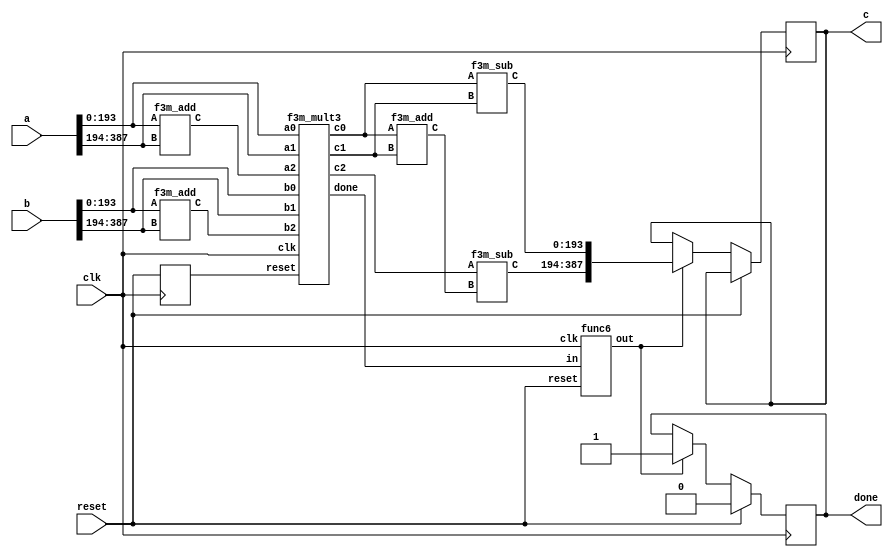
`define M     97          // M is the degree of the irreducible polynomial
`define WIDTH (2*`M-1)    // width for a GF(3^M) element
`define W2    (4*`M-1)    // width for a GF(3^{2*M}) element
`define W3    (6*`M-1)    // width for a GF(3^{3*M}) element
`define W6    (12*`M-1)   // width for a GF(3^{6*M}) element
`define PX    196'h4000000000000000000000000000000000000000001000002 // PX is the irreducible polynomial
`define ZERO {(2*`M){1'b0}}
`define TWO {(2*`M-2){1'b0}},2'b10
`define MOST 2*`M+1:2*`M

module f32m_mult(clk, reset, a, b, c, done);
    input reset, clk;
    input [`W2:0] a, b;
    output reg [`W2:0] c;
    output reg done;
    wire [`WIDTH:0] a0,a1,b0,b1,c0,c1,
                    v1,v2,v3,v4,v5,v6;
    reg mult_reset;
    wire mult_done, p;
    
    assign {a1,a0} = a;
    assign {b1,b0} = b;

    f3m_add
        ins1 (a0, a1, v1), // v1 == a0 + a1
        ins2 (b0, b1, v2), // v2 == b0 + b1
        ins3 (v3, v4, v6); // v6 == v3 + v4 = a0*b0 + a1*b1
    f3m_sub
        ins7 (v5, v6, c1), // c1 == v5 - v6 = (a0+a1) * (b0+b1) - (a0*b0 + a1*b1)
        ins8 (v3, v4, c0); // c0 == a0*b0 - a1*b1
    // v3 == a0 * b0
    // v4 == a1 * b1
    // v5 == v1 * v2 = (a0+a1) * (b0+b1)
    f3m_mult3 
        ins9 (clk, mult_reset, a0, b0, v3, a1, b1, v4, v1, v2, v5, mult_done);
    func6
        ins10 (clk, reset, mult_done, p);
    
    always @ (posedge clk)
        mult_reset <= reset;

    always @ (posedge clk)
        if (reset)
            done <= 0;
        else if (p)
          begin
            done <= 1; c <= {c1, c0};
          end
endmodule

module f3m_add(A, B, C);
    input [`WIDTH : 0] A, B;
    output [`WIDTH : 0] C;
    genvar i;
    generate
        for(i=0; i<`M; i=i+1) begin: aa
            f3_add aa(A[(2*i+1) : 2*i], B[(2*i+1) : 2*i], C[(2*i+1) : 2*i]);
        end
    endgenerate
endmodule
module f3_add(A, B, C);
    input [1:0] A, B;
    output [1:0] C;
    wire a0, a1, b0, b1, c0, c1;
    assign {a1, a0} = A;
    assign {b1, b0} = B;
    assign C = {c1, c0};
    assign c0 = ( a0 & ~a1 & ~b0 & ~b1) |
                (~a0 & ~a1 &  b0 & ~b1) |
                (~a0 &  a1 & ~b0 &  b1) ;
    assign c1 = (~a0 &  a1 & ~b0 & ~b1) |
                ( a0 & ~a1 &  b0 & ~b1) |
                (~a0 & ~a1 & ~b0 &  b1) ;
endmodule

module f3m_mult3(clk, reset, 
                 a0, b0, c0,
                 a1, b1, c1, 
                 a2, b2, c2, 
                 done);
    input clk, reset;
    input [`WIDTH:0] a0, b0, a1, b1, a2, b2;
    output reg [`WIDTH:0] c0, c1, c2;
    output reg done;
    reg [3:0] K;
    reg mult_reset, delay1, delay2;
    wire e1, e2, e3, mult_done, delay3, rst;
    wire [`WIDTH:0] in1, in2, o;
    
    assign rst = delay2;
    assign {e1,e2,e3} = K[3:1];

    f3m_mux3
        ins9 (a0, e1, a1, e2, a2, e3, in1),
        ins10 (b0, e1, b1, e2, b2, e3, in2);
    f3m_mult
        ins11 (clk, mult_reset, in1, in2, o, mult_done); // o == in1 * in2 in GF(3^m)
    func6
        ins12 (clk, reset, mult_done, delay3);

    always @ (posedge clk)
      begin
        if (e1) c0 <= o;
        if (e2) c1 <= o;
        if (e3) c2 <= o;
      end
    
    always @ (posedge clk)
        if (reset) K <= 4'b1000;
        else if (delay3 | K[0]) K <= {1'b0,K[3:1]};
    
    always @ (posedge clk)
      begin
        if (rst) mult_reset <= 1;
        else if (mult_done) mult_reset <= 1;
        else mult_reset <= 0;
      end

    always @ (posedge clk)
        if (reset)     done <= 0;
        else if (K[0]) done <= 1;
    
    always @ (posedge clk)
      begin 
        delay2 <= delay1; delay1 <= reset; 
      end
endmodule
module f3m_mux3(v1, l1, v2, l2, v3, l3, out);
    input [`WIDTH:0] v1, v2, v3;
    input l1, l2, l3;
    output [`WIDTH:0] out;
    genvar i;
    generate
        for(i=0;i<=`WIDTH;i=i+1)
          begin : label
            assign out[i] = (v1[i] & l1) | (v2[i] & l2) | (v3[i] & l3);
          end 
    endgenerate
endmodule

module f3m_sub(A, B, C);
    input [`WIDTH : 0] A, B;
    output [`WIDTH : 0] C;
    genvar i;
    generate
        for(i=0; i<`M; i=i+1) begin: aa
            f3_sub aa(A[(2*i+1) : 2*i], B[(2*i+1) : 2*i], C[(2*i+1) : 2*i]);
        end
    endgenerate
endmodule

module func6(clk, reset, in, out);
    input clk, reset, in;
    output out;
    reg reg1, reg2;
    always @ (posedge clk)
        if (reset)
          begin
            reg1 <= 0; reg2 <= 0;
          end
        else
          begin
            reg2 <= reg1; reg1 <= in;
          end
    assign out = {reg2,reg1}==2'b01 ? 1 : 0;
endmodule



module f3m_mult(clk, reset, A, B, C, done);
    input [`WIDTH : 0] A, B;
    input clk;
    input reset;
    output reg [`WIDTH : 0] C;
    output reg done;
    reg [`WIDTH : 0] x, y, z;
    wire [`WIDTH : 0] z1, z2, z3, z4;
    reg [`M/3+1 : 0] i;
    wire done1;
    wire [1:0] dummy;

    func8 
        ins1 (x, y[5:0], z1); // z1 == A * (B[2]*x^2 + B[1]*x + B[0])
    f3m_add
        ins2 (z1, z, z2); // z2 == z1 + z == A * (B[2]*x^2 + B[1]*x + B[0]) + z
    assign z4 = y >> 6; // z4 == y >> 6
    func7
        ins3 (x, z3); // z3 == X*(x^3) mod p(x)
    assign done1 = i[0];
    
    always @ (posedge clk)
        if (done1)
            C <= z;
    
    always @ (posedge clk)
        if (reset)
            done <= 0;
        else if (done1)
            done <= 1;

    always @ (posedge clk) 
      begin
        if (reset)
          begin
            x <= A; y <= B; z <= 0; i <= {1'b1,{(`M/3+1){1'b0}}};
          end
        else
          begin
            x <= z3[`WIDTH:0]; y <= z4; z <= z2; i <= i >> 1;
          end
      end
endmodule
module func7(input wire [193:0] in, output wire [193:0] out);
    assign out[5:0] = in[193:188];
    assign out[23:6] = in[17:0];
    wire [1:0] w0;
    f3_add a0(in[19:18], {in[188],in[189]}, w0);
    assign out[25:24] = w0;
    wire [1:0] w1;
    f3_add a1(in[21:20], {in[190],in[191]}, w1);
    assign out[27:26] = w1;
    wire [1:0] w2;
    f3_add a2(in[23:22], {in[192],in[193]}, w2);
    assign out[29:28] = w2;
    assign out[193:30] = in[187:24];
endmodule
module func8 (a, b, c);
input [193:0] a;
input [5:0] b;
output [193:0] c;
wire [1:0] w1; f3_mult m2 (a[1:0], b[1:0], w1);
wire [1:0] w3; f3_mult m4 (a[191:190], b[5:4], w3);
wire [1:0] w5; f3_mult m6 (a[193:192], b[3:2], w5);
wire [1:0] w7; f3_add a8 (w1, w3, w7);
wire [1:0] w9; f3_add a10 (w7, w5, w9);
assign c[1:0] = w9;
wire [1:0] w11; f3_mult m12 (a[1:0], b[3:2], w11);
wire [1:0] w13; f3_mult m14 (a[193:192], b[5:4], w13);
wire [1:0] w15; f3_mult m16 (a[3:2], b[1:0], w15);
wire [1:0] w17; f3_add a18 (w11, w13, w17);
wire [1:0] w19; f3_add a20 (w17, w15, w19);
assign c[3:2] = w19;
wire [1:0] w21; f3_mult m22 (a[5:4], b[1:0], w21);
wire [1:0] w23; f3_mult m24 (a[1:0], b[5:4], w23);
wire [1:0] w25; f3_mult m26 (a[3:2], b[3:2], w25);
wire [1:0] w27; f3_add a28 (w21, w23, w27);
wire [1:0] w29; f3_add a30 (w27, w25, w29);
assign c[5:4] = w29;
wire [1:0] w31; f3_mult m32 (a[7:6], b[1:0], w31);
wire [1:0] w33; f3_mult m34 (a[3:2], b[5:4], w33);
wire [1:0] w35; f3_mult m36 (a[5:4], b[3:2], w35);
wire [1:0] w37; f3_add a38 (w31, w33, w37);
wire [1:0] w39; f3_add a40 (w37, w35, w39);
assign c[7:6] = w39;
wire [1:0] w41; f3_mult m42 (a[7:6], b[3:2], w41);
wire [1:0] w43; f3_mult m44 (a[9:8], b[1:0], w43);
wire [1:0] w45; f3_mult m46 (a[5:4], b[5:4], w45);
wire [1:0] w47; f3_add a48 (w41, w43, w47);
wire [1:0] w49; f3_add a50 (w47, w45, w49);
assign c[9:8] = w49;
wire [1:0] w51; f3_mult m52 (a[11:10], b[1:0], w51);
wire [1:0] w53; f3_mult m54 (a[7:6], b[5:4], w53);
wire [1:0] w55; f3_mult m56 (a[9:8], b[3:2], w55);
wire [1:0] w57; f3_add a58 (w51, w53, w57);
wire [1:0] w59; f3_add a60 (w57, w55, w59);
assign c[11:10] = w59;
wire [1:0] w61; f3_mult m62 (a[13:12], b[1:0], w61);
wire [1:0] w63; f3_mult m64 (a[11:10], b[3:2], w63);
wire [1:0] w65; f3_mult m66 (a[9:8], b[5:4], w65);
wire [1:0] w67; f3_add a68 (w61, w63, w67);
wire [1:0] w69; f3_add a70 (w67, w65, w69);
assign c[13:12] = w69;
wire [1:0] w71; f3_mult m72 (a[13:12], b[3:2], w71);
wire [1:0] w73; f3_mult m74 (a[15:14], b[1:0], w73);
wire [1:0] w75; f3_mult m76 (a[11:10], b[5:4], w75);
wire [1:0] w77; f3_add a78 (w71, w73, w77);
wire [1:0] w79; f3_add a80 (w77, w75, w79);
assign c[15:14] = w79;
wire [1:0] w81; f3_mult m82 (a[13:12], b[5:4], w81);
wire [1:0] w83; f3_mult m84 (a[15:14], b[3:2], w83);
wire [1:0] w85; f3_mult m86 (a[17:16], b[1:0], w85);
wire [1:0] w87; f3_add a88 (w81, w83, w87);
wire [1:0] w89; f3_add a90 (w87, w85, w89);
assign c[17:16] = w89;
wire [1:0] w91; f3_mult m92 (a[15:14], b[5:4], w91);
wire [1:0] w93; f3_mult m94 (a[19:18], b[1:0], w93);
wire [1:0] w95; f3_mult m96 (a[17:16], b[3:2], w95);
wire [1:0] w97; f3_add a98 (w91, w93, w97);
wire [1:0] w99; f3_add a100 (w97, w95, w99);
assign c[19:18] = w99;
wire [1:0] w101; f3_mult m102 (a[21:20], b[1:0], w101);
wire [1:0] w103; f3_mult m104 (a[17:16], b[5:4], w103);
wire [1:0] w105; f3_mult m106 (a[19:18], b[3:2], w105);
wire [1:0] w107; f3_add a108 (w101, w103, w107);
wire [1:0] w109; f3_add a110 (w107, w105, w109);
assign c[21:20] = w109;
wire [1:0] w111; f3_mult m112 (a[23:22], b[1:0], w111);
wire [1:0] w113; f3_mult m114 (a[19:18], b[5:4], w113);
wire [1:0] w115; f3_mult m116 (a[21:20], b[3:2], w115);
wire [1:0] w117; f3_add a118 (w111, w113, w117);
wire [1:0] w119; f3_add a120 (w117, w115, w119);
assign c[23:22] = w119;
wire [1:0] w121; f3_mult m122 (a[23:22], b[3:2], w121);
wire [1:0] w123; f3_mult m124 (a[25:24], b[1:0], w123);
wire [1:0] w125; f3_mult m126 (a[21:20], b[5:4], w125);
wire [1:0] w127; f3_add a128 (w121, w123, w127);
wire [1:0] w129; f3_add a130 (w127, w125, w129);
wire [1:0] w131; f3_add a132 (w129, {w5[0], w5[1]}, w131);
wire [1:0] w133; f3_add a134 (w131, {w3[0], w3[1]}, w133);
assign c[25:24] = w133;
wire [1:0] w135; f3_mult m136 (a[27:26], b[1:0], w135);
wire [1:0] w137; f3_mult m138 (a[23:22], b[5:4], w137);
wire [1:0] w139; f3_mult m140 (a[25:24], b[3:2], w139);
wire [1:0] w141; f3_add a142 ({w13[0], w13[1]}, w135, w141);
wire [1:0] w143; f3_add a144 (w141, w137, w143);
wire [1:0] w145; f3_add a146 (w143, w139, w145);
assign c[27:26] = w145;
wire [1:0] w147; f3_mult m148 (a[29:28], b[1:0], w147);
wire [1:0] w149; f3_mult m150 (a[27:26], b[3:2], w149);
wire [1:0] w151; f3_mult m152 (a[25:24], b[5:4], w151);
wire [1:0] w153; f3_add a154 (w147, w149, w153);
wire [1:0] w155; f3_add a156 (w153, w151, w155);
assign c[29:28] = w155;
wire [1:0] w157; f3_mult m158 (a[29:28], b[3:2], w157);
wire [1:0] w159; f3_mult m160 (a[31:30], b[1:0], w159);
wire [1:0] w161; f3_mult m162 (a[27:26], b[5:4], w161);
wire [1:0] w163; f3_add a164 (w157, w159, w163);
wire [1:0] w165; f3_add a166 (w163, w161, w165);
assign c[31:30] = w165;
wire [1:0] w167; f3_mult m168 (a[29:28], b[5:4], w167);
wire [1:0] w169; f3_mult m170 (a[31:30], b[3:2], w169);
wire [1:0] w171; f3_mult m172 (a[33:32], b[1:0], w171);
wire [1:0] w173; f3_add a174 (w167, w169, w173);
wire [1:0] w175; f3_add a176 (w173, w171, w175);
assign c[33:32] = w175;
wire [1:0] w177; f3_mult m178 (a[31:30], b[5:4], w177);
wire [1:0] w179; f3_mult m180 (a[35:34], b[1:0], w179);
wire [1:0] w181; f3_mult m182 (a[33:32], b[3:2], w181);
wire [1:0] w183; f3_add a184 (w177, w179, w183);
wire [1:0] w185; f3_add a186 (w183, w181, w185);
assign c[35:34] = w185;
wire [1:0] w187; f3_mult m188 (a[37:36], b[1:0], w187);
wire [1:0] w189; f3_mult m190 (a[33:32], b[5:4], w189);
wire [1:0] w191; f3_mult m192 (a[35:34], b[3:2], w191);
wire [1:0] w193; f3_add a194 (w187, w189, w193);
wire [1:0] w195; f3_add a196 (w193, w191, w195);
assign c[37:36] = w195;
wire [1:0] w197; f3_mult m198 (a[39:38], b[1:0], w197);
wire [1:0] w199; f3_mult m200 (a[35:34], b[5:4], w199);
wire [1:0] w201; f3_mult m202 (a[37:36], b[3:2], w201);
wire [1:0] w203; f3_add a204 (w197, w199, w203);
wire [1:0] w205; f3_add a206 (w203, w201, w205);
assign c[39:38] = w205;
wire [1:0] w207; f3_mult m208 (a[39:38], b[3:2], w207);
wire [1:0] w209; f3_mult m210 (a[41:40], b[1:0], w209);
wire [1:0] w211; f3_mult m212 (a[37:36], b[5:4], w211);
wire [1:0] w213; f3_add a214 (w207, w209, w213);
wire [1:0] w215; f3_add a216 (w213, w211, w215);
assign c[41:40] = w215;
wire [1:0] w217; f3_mult m218 (a[43:42], b[1:0], w217);
wire [1:0] w219; f3_mult m220 (a[39:38], b[5:4], w219);
wire [1:0] w221; f3_mult m222 (a[41:40], b[3:2], w221);
wire [1:0] w223; f3_add a224 (w217, w219, w223);
wire [1:0] w225; f3_add a226 (w223, w221, w225);
assign c[43:42] = w225;
wire [1:0] w227; f3_mult m228 (a[45:44], b[1:0], w227);
wire [1:0] w229; f3_mult m230 (a[43:42], b[3:2], w229);
wire [1:0] w231; f3_mult m232 (a[41:40], b[5:4], w231);
wire [1:0] w233; f3_add a234 (w227, w229, w233);
wire [1:0] w235; f3_add a236 (w233, w231, w235);
assign c[45:44] = w235;
wire [1:0] w237; f3_mult m238 (a[45:44], b[3:2], w237);
wire [1:0] w239; f3_mult m240 (a[47:46], b[1:0], w239);
wire [1:0] w241; f3_mult m242 (a[43:42], b[5:4], w241);
wire [1:0] w243; f3_add a244 (w237, w239, w243);
wire [1:0] w245; f3_add a246 (w243, w241, w245);
assign c[47:46] = w245;
wire [1:0] w247; f3_mult m248 (a[45:44], b[5:4], w247);
wire [1:0] w249; f3_mult m250 (a[47:46], b[3:2], w249);
wire [1:0] w251; f3_mult m252 (a[49:48], b[1:0], w251);
wire [1:0] w253; f3_add a254 (w247, w249, w253);
wire [1:0] w255; f3_add a256 (w253, w251, w255);
assign c[49:48] = w255;
wire [1:0] w257; f3_mult m258 (a[47:46], b[5:4], w257);
wire [1:0] w259; f3_mult m260 (a[51:50], b[1:0], w259);
wire [1:0] w261; f3_mult m262 (a[49:48], b[3:2], w261);
wire [1:0] w263; f3_add a264 (w257, w259, w263);
wire [1:0] w265; f3_add a266 (w263, w261, w265);
assign c[51:50] = w265;
wire [1:0] w267; f3_mult m268 (a[53:52], b[1:0], w267);
wire [1:0] w269; f3_mult m270 (a[49:48], b[5:4], w269);
wire [1:0] w271; f3_mult m272 (a[51:50], b[3:2], w271);
wire [1:0] w273; f3_add a274 (w267, w269, w273);
wire [1:0] w275; f3_add a276 (w273, w271, w275);
assign c[53:52] = w275;
wire [1:0] w277; f3_mult m278 (a[55:54], b[1:0], w277);
wire [1:0] w279; f3_mult m280 (a[51:50], b[5:4], w279);
wire [1:0] w281; f3_mult m282 (a[53:52], b[3:2], w281);
wire [1:0] w283; f3_add a284 (w277, w279, w283);
wire [1:0] w285; f3_add a286 (w283, w281, w285);
assign c[55:54] = w285;
wire [1:0] w287; f3_mult m288 (a[55:54], b[3:2], w287);
wire [1:0] w289; f3_mult m290 (a[57:56], b[1:0], w289);
wire [1:0] w291; f3_mult m292 (a[53:52], b[5:4], w291);
wire [1:0] w293; f3_add a294 (w287, w289, w293);
wire [1:0] w295; f3_add a296 (w293, w291, w295);
assign c[57:56] = w295;
wire [1:0] w297; f3_mult m298 (a[59:58], b[1:0], w297);
wire [1:0] w299; f3_mult m300 (a[55:54], b[5:4], w299);
wire [1:0] w301; f3_mult m302 (a[57:56], b[3:2], w301);
wire [1:0] w303; f3_add a304 (w297, w299, w303);
wire [1:0] w305; f3_add a306 (w303, w301, w305);
assign c[59:58] = w305;
wire [1:0] w307; f3_mult m308 (a[61:60], b[1:0], w307);
wire [1:0] w309; f3_mult m310 (a[59:58], b[3:2], w309);
wire [1:0] w311; f3_mult m312 (a[57:56], b[5:4], w311);
wire [1:0] w313; f3_add a314 (w307, w309, w313);
wire [1:0] w315; f3_add a316 (w313, w311, w315);
assign c[61:60] = w315;
wire [1:0] w317; f3_mult m318 (a[61:60], b[3:2], w317);
wire [1:0] w319; f3_mult m320 (a[63:62], b[1:0], w319);
wire [1:0] w321; f3_mult m322 (a[59:58], b[5:4], w321);
wire [1:0] w323; f3_add a324 (w317, w319, w323);
wire [1:0] w325; f3_add a326 (w323, w321, w325);
assign c[63:62] = w325;
wire [1:0] w327; f3_mult m328 (a[61:60], b[5:4], w327);
wire [1:0] w329; f3_mult m330 (a[63:62], b[3:2], w329);
wire [1:0] w331; f3_mult m332 (a[65:64], b[1:0], w331);
wire [1:0] w333; f3_add a334 (w327, w329, w333);
wire [1:0] w335; f3_add a336 (w333, w331, w335);
assign c[65:64] = w335;
wire [1:0] w337; f3_mult m338 (a[67:66], b[1:0], w337);
wire [1:0] w339; f3_mult m340 (a[63:62], b[5:4], w339);
wire [1:0] w341; f3_mult m342 (a[65:64], b[3:2], w341);
wire [1:0] w343; f3_add a344 (w337, w339, w343);
wire [1:0] w345; f3_add a346 (w343, w341, w345);
assign c[67:66] = w345;
wire [1:0] w347; f3_mult m348 (a[69:68], b[1:0], w347);
wire [1:0] w349; f3_mult m350 (a[65:64], b[5:4], w349);
wire [1:0] w351; f3_mult m352 (a[67:66], b[3:2], w351);
wire [1:0] w353; f3_add a354 (w347, w349, w353);
wire [1:0] w355; f3_add a356 (w353, w351, w355);
assign c[69:68] = w355;
wire [1:0] w357; f3_mult m358 (a[71:70], b[1:0], w357);
wire [1:0] w359; f3_mult m360 (a[67:66], b[5:4], w359);
wire [1:0] w361; f3_mult m362 (a[69:68], b[3:2], w361);
wire [1:0] w363; f3_add a364 (w357, w359, w363);
wire [1:0] w365; f3_add a366 (w363, w361, w365);
assign c[71:70] = w365;
wire [1:0] w367; f3_mult m368 (a[71:70], b[3:2], w367);
wire [1:0] w369; f3_mult m370 (a[73:72], b[1:0], w369);
wire [1:0] w371; f3_mult m372 (a[69:68], b[5:4], w371);
wire [1:0] w373; f3_add a374 (w367, w369, w373);
wire [1:0] w375; f3_add a376 (w373, w371, w375);
assign c[73:72] = w375;
wire [1:0] w377; f3_mult m378 (a[75:74], b[1:0], w377);
wire [1:0] w379; f3_mult m380 (a[71:70], b[5:4], w379);
wire [1:0] w381; f3_mult m382 (a[73:72], b[3:2], w381);
wire [1:0] w383; f3_add a384 (w377, w379, w383);
wire [1:0] w385; f3_add a386 (w383, w381, w385);
assign c[75:74] = w385;
wire [1:0] w387; f3_mult m388 (a[77:76], b[1:0], w387);
wire [1:0] w389; f3_mult m390 (a[75:74], b[3:2], w389);
wire [1:0] w391; f3_mult m392 (a[73:72], b[5:4], w391);
wire [1:0] w393; f3_add a394 (w387, w389, w393);
wire [1:0] w395; f3_add a396 (w393, w391, w395);
assign c[77:76] = w395;
wire [1:0] w397; f3_mult m398 (a[77:76], b[3:2], w397);
wire [1:0] w399; f3_mult m400 (a[79:78], b[1:0], w399);
wire [1:0] w401; f3_mult m402 (a[75:74], b[5:4], w401);
wire [1:0] w403; f3_add a404 (w397, w399, w403);
wire [1:0] w405; f3_add a406 (w403, w401, w405);
assign c[79:78] = w405;
wire [1:0] w407; f3_mult m408 (a[77:76], b[5:4], w407);
wire [1:0] w409; f3_mult m410 (a[79:78], b[3:2], w409);
wire [1:0] w411; f3_mult m412 (a[81:80], b[1:0], w411);
wire [1:0] w413; f3_add a414 (w407, w409, w413);
wire [1:0] w415; f3_add a416 (w413, w411, w415);
assign c[81:80] = w415;
wire [1:0] w417; f3_mult m418 (a[83:82], b[1:0], w417);
wire [1:0] w419; f3_mult m420 (a[79:78], b[5:4], w419);
wire [1:0] w421; f3_mult m422 (a[81:80], b[3:2], w421);
wire [1:0] w423; f3_add a424 (w417, w419, w423);
wire [1:0] w425; f3_add a426 (w423, w421, w425);
assign c[83:82] = w425;
wire [1:0] w427; f3_mult m428 (a[85:84], b[1:0], w427);
wire [1:0] w429; f3_mult m430 (a[81:80], b[5:4], w429);
wire [1:0] w431; f3_mult m432 (a[83:82], b[3:2], w431);
wire [1:0] w433; f3_add a434 (w427, w429, w433);
wire [1:0] w435; f3_add a436 (w433, w431, w435);
assign c[85:84] = w435;
wire [1:0] w437; f3_mult m438 (a[87:86], b[1:0], w437);
wire [1:0] w439; f3_mult m440 (a[83:82], b[5:4], w439);
wire [1:0] w441; f3_mult m442 (a[85:84], b[3:2], w441);
wire [1:0] w443; f3_add a444 (w437, w439, w443);
wire [1:0] w445; f3_add a446 (w443, w441, w445);
assign c[87:86] = w445;
wire [1:0] w447; f3_mult m448 (a[87:86], b[3:2], w447);
wire [1:0] w449; f3_mult m450 (a[89:88], b[1:0], w449);
wire [1:0] w451; f3_mult m452 (a[85:84], b[5:4], w451);
wire [1:0] w453; f3_add a454 (w447, w449, w453);
wire [1:0] w455; f3_add a456 (w453, w451, w455);
assign c[89:88] = w455;
wire [1:0] w457; f3_mult m458 (a[91:90], b[1:0], w457);
wire [1:0] w459; f3_mult m460 (a[87:86], b[5:4], w459);
wire [1:0] w461; f3_mult m462 (a[89:88], b[3:2], w461);
wire [1:0] w463; f3_add a464 (w457, w459, w463);
wire [1:0] w465; f3_add a466 (w463, w461, w465);
assign c[91:90] = w465;
wire [1:0] w467; f3_mult m468 (a[91:90], b[3:2], w467);
wire [1:0] w469; f3_mult m470 (a[89:88], b[5:4], w469);
wire [1:0] w471; f3_mult m472 (a[93:92], b[1:0], w471);
wire [1:0] w473; f3_add a474 (w467, w469, w473);
wire [1:0] w475; f3_add a476 (w473, w471, w475);
assign c[93:92] = w475;
wire [1:0] w477; f3_mult m478 (a[93:92], b[3:2], w477);
wire [1:0] w479; f3_mult m480 (a[95:94], b[1:0], w479);
wire [1:0] w481; f3_mult m482 (a[91:90], b[5:4], w481);
wire [1:0] w483; f3_add a484 (w477, w479, w483);
wire [1:0] w485; f3_add a486 (w483, w481, w485);
assign c[95:94] = w485;
wire [1:0] w487; f3_mult m488 (a[93:92], b[5:4], w487);
wire [1:0] w489; f3_mult m490 (a[95:94], b[3:2], w489);
wire [1:0] w491; f3_mult m492 (a[97:96], b[1:0], w491);
wire [1:0] w493; f3_add a494 (w487, w489, w493);
wire [1:0] w495; f3_add a496 (w493, w491, w495);
assign c[97:96] = w495;
wire [1:0] w497; f3_mult m498 (a[99:98], b[1:0], w497);
wire [1:0] w499; f3_mult m500 (a[95:94], b[5:4], w499);
wire [1:0] w501; f3_mult m502 (a[97:96], b[3:2], w501);
wire [1:0] w503; f3_add a504 (w497, w499, w503);
wire [1:0] w505; f3_add a506 (w503, w501, w505);
assign c[99:98] = w505;
wire [1:0] w507; f3_mult m508 (a[101:100], b[1:0], w507);
wire [1:0] w509; f3_mult m510 (a[97:96], b[5:4], w509);
wire [1:0] w511; f3_mult m512 (a[99:98], b[3:2], w511);
wire [1:0] w513; f3_add a514 (w507, w509, w513);
wire [1:0] w515; f3_add a516 (w513, w511, w515);
assign c[101:100] = w515;
wire [1:0] w517; f3_mult m518 (a[103:102], b[1:0], w517);
wire [1:0] w519; f3_mult m520 (a[99:98], b[5:4], w519);
wire [1:0] w521; f3_mult m522 (a[101:100], b[3:2], w521);
wire [1:0] w523; f3_add a524 (w517, w519, w523);
wire [1:0] w525; f3_add a526 (w523, w521, w525);
assign c[103:102] = w525;
wire [1:0] w527; f3_mult m528 (a[103:102], b[3:2], w527);
wire [1:0] w529; f3_mult m530 (a[105:104], b[1:0], w529);
wire [1:0] w531; f3_mult m532 (a[101:100], b[5:4], w531);
wire [1:0] w533; f3_add a534 (w527, w529, w533);
wire [1:0] w535; f3_add a536 (w533, w531, w535);
assign c[105:104] = w535;
wire [1:0] w537; f3_mult m538 (a[107:106], b[1:0], w537);
wire [1:0] w539; f3_mult m540 (a[103:102], b[5:4], w539);
wire [1:0] w541; f3_mult m542 (a[105:104], b[3:2], w541);
wire [1:0] w543; f3_add a544 (w537, w539, w543);
wire [1:0] w545; f3_add a546 (w543, w541, w545);
assign c[107:106] = w545;
wire [1:0] w547; f3_mult m548 (a[107:106], b[3:2], w547);
wire [1:0] w549; f3_mult m550 (a[105:104], b[5:4], w549);
wire [1:0] w551; f3_mult m552 (a[109:108], b[1:0], w551);
wire [1:0] w553; f3_add a554 (w547, w549, w553);
wire [1:0] w555; f3_add a556 (w553, w551, w555);
assign c[109:108] = w555;
wire [1:0] w557; f3_mult m558 (a[109:108], b[3:2], w557);
wire [1:0] w559; f3_mult m560 (a[111:110], b[1:0], w559);
wire [1:0] w561; f3_mult m562 (a[107:106], b[5:4], w561);
wire [1:0] w563; f3_add a564 (w557, w559, w563);
wire [1:0] w565; f3_add a566 (w563, w561, w565);
assign c[111:110] = w565;
wire [1:0] w567; f3_mult m568 (a[109:108], b[5:4], w567);
wire [1:0] w569; f3_mult m570 (a[111:110], b[3:2], w569);
wire [1:0] w571; f3_mult m572 (a[113:112], b[1:0], w571);
wire [1:0] w573; f3_add a574 (w567, w569, w573);
wire [1:0] w575; f3_add a576 (w573, w571, w575);
assign c[113:112] = w575;
wire [1:0] w577; f3_mult m578 (a[115:114], b[1:0], w577);
wire [1:0] w579; f3_mult m580 (a[111:110], b[5:4], w579);
wire [1:0] w581; f3_mult m582 (a[113:112], b[3:2], w581);
wire [1:0] w583; f3_add a584 (w577, w579, w583);
wire [1:0] w585; f3_add a586 (w583, w581, w585);
assign c[115:114] = w585;
wire [1:0] w587; f3_mult m588 (a[117:116], b[1:0], w587);
wire [1:0] w589; f3_mult m590 (a[113:112], b[5:4], w589);
wire [1:0] w591; f3_mult m592 (a[115:114], b[3:2], w591);
wire [1:0] w593; f3_add a594 (w587, w589, w593);
wire [1:0] w595; f3_add a596 (w593, w591, w595);
assign c[117:116] = w595;
wire [1:0] w597; f3_mult m598 (a[119:118], b[1:0], w597);
wire [1:0] w599; f3_mult m600 (a[115:114], b[5:4], w599);
wire [1:0] w601; f3_mult m602 (a[117:116], b[3:2], w601);
wire [1:0] w603; f3_add a604 (w597, w599, w603);
wire [1:0] w605; f3_add a606 (w603, w601, w605);
assign c[119:118] = w605;
wire [1:0] w607; f3_mult m608 (a[119:118], b[3:2], w607);
wire [1:0] w609; f3_mult m610 (a[121:120], b[1:0], w609);
wire [1:0] w611; f3_mult m612 (a[117:116], b[5:4], w611);
wire [1:0] w613; f3_add a614 (w607, w609, w613);
wire [1:0] w615; f3_add a616 (w613, w611, w615);
assign c[121:120] = w615;
wire [1:0] w617; f3_mult m618 (a[123:122], b[1:0], w617);
wire [1:0] w619; f3_mult m620 (a[119:118], b[5:4], w619);
wire [1:0] w621; f3_mult m622 (a[121:120], b[3:2], w621);
wire [1:0] w623; f3_add a624 (w617, w619, w623);
wire [1:0] w625; f3_add a626 (w623, w621, w625);
assign c[123:122] = w625;
wire [1:0] w627; f3_mult m628 (a[123:122], b[3:2], w627);
wire [1:0] w629; f3_mult m630 (a[121:120], b[5:4], w629);
wire [1:0] w631; f3_mult m632 (a[125:124], b[1:0], w631);
wire [1:0] w633; f3_add a634 (w627, w629, w633);
wire [1:0] w635; f3_add a636 (w633, w631, w635);
assign c[125:124] = w635;
wire [1:0] w637; f3_mult m638 (a[125:124], b[3:2], w637);
wire [1:0] w639; f3_mult m640 (a[127:126], b[1:0], w639);
wire [1:0] w641; f3_mult m642 (a[123:122], b[5:4], w641);
wire [1:0] w643; f3_add a644 (w637, w639, w643);
wire [1:0] w645; f3_add a646 (w643, w641, w645);
assign c[127:126] = w645;
wire [1:0] w647; f3_mult m648 (a[125:124], b[5:4], w647);
wire [1:0] w649; f3_mult m650 (a[127:126], b[3:2], w649);
wire [1:0] w651; f3_mult m652 (a[129:128], b[1:0], w651);
wire [1:0] w653; f3_add a654 (w647, w649, w653);
wire [1:0] w655; f3_add a656 (w653, w651, w655);
assign c[129:128] = w655;
wire [1:0] w657; f3_mult m658 (a[127:126], b[5:4], w657);
wire [1:0] w659; f3_mult m660 (a[131:130], b[1:0], w659);
wire [1:0] w661; f3_mult m662 (a[129:128], b[3:2], w661);
wire [1:0] w663; f3_add a664 (w657, w659, w663);
wire [1:0] w665; f3_add a666 (w663, w661, w665);
assign c[131:130] = w665;
wire [1:0] w667; f3_mult m668 (a[133:132], b[1:0], w667);
wire [1:0] w669; f3_mult m670 (a[129:128], b[5:4], w669);
wire [1:0] w671; f3_mult m672 (a[131:130], b[3:2], w671);
wire [1:0] w673; f3_add a674 (w667, w669, w673);
wire [1:0] w675; f3_add a676 (w673, w671, w675);
assign c[133:132] = w675;
wire [1:0] w677; f3_mult m678 (a[133:132], b[3:2], w677);
wire [1:0] w679; f3_mult m680 (a[131:130], b[5:4], w679);
wire [1:0] w681; f3_mult m682 (a[135:134], b[1:0], w681);
wire [1:0] w683; f3_add a684 (w677, w679, w683);
wire [1:0] w685; f3_add a686 (w683, w681, w685);
assign c[135:134] = w685;
wire [1:0] w687; f3_mult m688 (a[135:134], b[3:2], w687);
wire [1:0] w689; f3_mult m690 (a[137:136], b[1:0], w689);
wire [1:0] w691; f3_mult m692 (a[133:132], b[5:4], w691);
wire [1:0] w693; f3_add a694 (w687, w689, w693);
wire [1:0] w695; f3_add a696 (w693, w691, w695);
assign c[137:136] = w695;
wire [1:0] w697; f3_mult m698 (a[139:138], b[1:0], w697);
wire [1:0] w699; f3_mult m700 (a[135:134], b[5:4], w699);
wire [1:0] w701; f3_mult m702 (a[137:136], b[3:2], w701);
wire [1:0] w703; f3_add a704 (w697, w699, w703);
wire [1:0] w705; f3_add a706 (w703, w701, w705);
assign c[139:138] = w705;
wire [1:0] w707; f3_mult m708 (a[141:140], b[1:0], w707);
wire [1:0] w709; f3_mult m710 (a[139:138], b[3:2], w709);
wire [1:0] w711; f3_mult m712 (a[137:136], b[5:4], w711);
wire [1:0] w713; f3_add a714 (w707, w709, w713);
wire [1:0] w715; f3_add a716 (w713, w711, w715);
assign c[141:140] = w715;
wire [1:0] w717; f3_mult m718 (a[143:142], b[1:0], w717);
wire [1:0] w719; f3_mult m720 (a[141:140], b[3:2], w719);
wire [1:0] w721; f3_mult m722 (a[139:138], b[5:4], w721);
wire [1:0] w723; f3_add a724 (w717, w719, w723);
wire [1:0] w725; f3_add a726 (w723, w721, w725);
assign c[143:142] = w725;
wire [1:0] w727; f3_mult m728 (a[141:140], b[5:4], w727);
wire [1:0] w729; f3_mult m730 (a[143:142], b[3:2], w729);
wire [1:0] w731; f3_mult m732 (a[145:144], b[1:0], w731);
wire [1:0] w733; f3_add a734 (w727, w729, w733);
wire [1:0] w735; f3_add a736 (w733, w731, w735);
assign c[145:144] = w735;
wire [1:0] w737; f3_mult m738 (a[143:142], b[5:4], w737);
wire [1:0] w739; f3_mult m740 (a[147:146], b[1:0], w739);
wire [1:0] w741; f3_mult m742 (a[145:144], b[3:2], w741);
wire [1:0] w743; f3_add a744 (w737, w739, w743);
wire [1:0] w745; f3_add a746 (w743, w741, w745);
assign c[147:146] = w745;
wire [1:0] w747; f3_mult m748 (a[145:144], b[5:4], w747);
wire [1:0] w749; f3_mult m750 (a[149:148], b[1:0], w749);
wire [1:0] w751; f3_mult m752 (a[147:146], b[3:2], w751);
wire [1:0] w753; f3_add a754 (w747, w749, w753);
wire [1:0] w755; f3_add a756 (w753, w751, w755);
assign c[149:148] = w755;
wire [1:0] w757; f3_mult m758 (a[149:148], b[3:2], w757);
wire [1:0] w759; f3_mult m760 (a[147:146], b[5:4], w759);
wire [1:0] w761; f3_mult m762 (a[151:150], b[1:0], w761);
wire [1:0] w763; f3_add a764 (w757, w759, w763);
wire [1:0] w765; f3_add a766 (w763, w761, w765);
assign c[151:150] = w765;
wire [1:0] w767; f3_mult m768 (a[151:150], b[3:2], w767);
wire [1:0] w769; f3_mult m770 (a[149:148], b[5:4], w769);
wire [1:0] w771; f3_mult m772 (a[153:152], b[1:0], w771);
wire [1:0] w773; f3_add a774 (w767, w769, w773);
wire [1:0] w775; f3_add a776 (w773, w771, w775);
assign c[153:152] = w775;
wire [1:0] w777; f3_mult m778 (a[155:154], b[1:0], w777);
wire [1:0] w779; f3_mult m780 (a[151:150], b[5:4], w779);
wire [1:0] w781; f3_mult m782 (a[153:152], b[3:2], w781);
wire [1:0] w783; f3_add a784 (w777, w779, w783);
wire [1:0] w785; f3_add a786 (w783, w781, w785);
assign c[155:154] = w785;
wire [1:0] w787; f3_mult m788 (a[155:154], b[3:2], w787);
wire [1:0] w789; f3_mult m790 (a[153:152], b[5:4], w789);
wire [1:0] w791; f3_mult m792 (a[157:156], b[1:0], w791);
wire [1:0] w793; f3_add a794 (w787, w789, w793);
wire [1:0] w795; f3_add a796 (w793, w791, w795);
assign c[157:156] = w795;
wire [1:0] w797; f3_mult m798 (a[159:158], b[1:0], w797);
wire [1:0] w799; f3_mult m800 (a[157:156], b[3:2], w799);
wire [1:0] w801; f3_mult m802 (a[155:154], b[5:4], w801);
wire [1:0] w803; f3_add a804 (w797, w799, w803);
wire [1:0] w805; f3_add a806 (w803, w801, w805);
assign c[159:158] = w805;
wire [1:0] w807; f3_mult m808 (a[157:156], b[5:4], w807);
wire [1:0] w809; f3_mult m810 (a[159:158], b[3:2], w809);
wire [1:0] w811; f3_mult m812 (a[161:160], b[1:0], w811);
wire [1:0] w813; f3_add a814 (w807, w809, w813);
wire [1:0] w815; f3_add a816 (w813, w811, w815);
assign c[161:160] = w815;
wire [1:0] w817; f3_mult m818 (a[159:158], b[5:4], w817);
wire [1:0] w819; f3_mult m820 (a[163:162], b[1:0], w819);
wire [1:0] w821; f3_mult m822 (a[161:160], b[3:2], w821);
wire [1:0] w823; f3_add a824 (w817, w819, w823);
wire [1:0] w825; f3_add a826 (w823, w821, w825);
assign c[163:162] = w825;
wire [1:0] w827; f3_mult m828 (a[161:160], b[5:4], w827);
wire [1:0] w829; f3_mult m830 (a[165:164], b[1:0], w829);
wire [1:0] w831; f3_mult m832 (a[163:162], b[3:2], w831);
wire [1:0] w833; f3_add a834 (w827, w829, w833);
wire [1:0] w835; f3_add a836 (w833, w831, w835);
assign c[165:164] = w835;
wire [1:0] w837; f3_mult m838 (a[165:164], b[3:2], w837);
wire [1:0] w839; f3_mult m840 (a[163:162], b[5:4], w839);
wire [1:0] w841; f3_mult m842 (a[167:166], b[1:0], w841);
wire [1:0] w843; f3_add a844 (w837, w839, w843);
wire [1:0] w845; f3_add a846 (w843, w841, w845);
assign c[167:166] = w845;
wire [1:0] w847; f3_mult m848 (a[167:166], b[3:2], w847);
wire [1:0] w849; f3_mult m850 (a[165:164], b[5:4], w849);
wire [1:0] w851; f3_mult m852 (a[169:168], b[1:0], w851);
wire [1:0] w853; f3_add a854 (w847, w849, w853);
wire [1:0] w855; f3_add a856 (w853, w851, w855);
assign c[169:168] = w855;
wire [1:0] w857; f3_mult m858 (a[171:170], b[1:0], w857);
wire [1:0] w859; f3_mult m860 (a[167:166], b[5:4], w859);
wire [1:0] w861; f3_mult m862 (a[169:168], b[3:2], w861);
wire [1:0] w863; f3_add a864 (w857, w859, w863);
wire [1:0] w865; f3_add a866 (w863, w861, w865);
assign c[171:170] = w865;
wire [1:0] w867; f3_mult m868 (a[171:170], b[3:2], w867);
wire [1:0] w869; f3_mult m870 (a[169:168], b[5:4], w869);
wire [1:0] w871; f3_mult m872 (a[173:172], b[1:0], w871);
wire [1:0] w873; f3_add a874 (w867, w869, w873);
wire [1:0] w875; f3_add a876 (w873, w871, w875);
assign c[173:172] = w875;
wire [1:0] w877; f3_mult m878 (a[173:172], b[3:2], w877);
wire [1:0] w879; f3_mult m880 (a[175:174], b[1:0], w879);
wire [1:0] w881; f3_mult m882 (a[171:170], b[5:4], w881);
wire [1:0] w883; f3_add a884 (w877, w879, w883);
wire [1:0] w885; f3_add a886 (w883, w881, w885);
assign c[175:174] = w885;
wire [1:0] w887; f3_mult m888 (a[173:172], b[5:4], w887);
wire [1:0] w889; f3_mult m890 (a[175:174], b[3:2], w889);
wire [1:0] w891; f3_mult m892 (a[177:176], b[1:0], w891);
wire [1:0] w893; f3_add a894 (w887, w889, w893);
wire [1:0] w895; f3_add a896 (w893, w891, w895);
assign c[177:176] = w895;
wire [1:0] w897; f3_mult m898 (a[175:174], b[5:4], w897);
wire [1:0] w899; f3_mult m900 (a[179:178], b[1:0], w899);
wire [1:0] w901; f3_mult m902 (a[177:176], b[3:2], w901);
wire [1:0] w903; f3_add a904 (w897, w899, w903);
wire [1:0] w905; f3_add a906 (w903, w901, w905);
assign c[179:178] = w905;
wire [1:0] w907; f3_mult m908 (a[177:176], b[5:4], w907);
wire [1:0] w909; f3_mult m910 (a[181:180], b[1:0], w909);
wire [1:0] w911; f3_mult m912 (a[179:178], b[3:2], w911);
wire [1:0] w913; f3_add a914 (w907, w909, w913);
wire [1:0] w915; f3_add a916 (w913, w911, w915);
assign c[181:180] = w915;
wire [1:0] w917; f3_mult m918 (a[181:180], b[3:2], w917);
wire [1:0] w919; f3_mult m920 (a[183:182], b[1:0], w919);
wire [1:0] w921; f3_mult m922 (a[179:178], b[5:4], w921);
wire [1:0] w923; f3_add a924 (w917, w919, w923);
wire [1:0] w925; f3_add a926 (w923, w921, w925);
assign c[183:182] = w925;
wire [1:0] w927; f3_mult m928 (a[183:182], b[3:2], w927);
wire [1:0] w929; f3_mult m930 (a[181:180], b[5:4], w929);
wire [1:0] w931; f3_mult m932 (a[185:184], b[1:0], w931);
wire [1:0] w933; f3_add a934 (w927, w929, w933);
wire [1:0] w935; f3_add a936 (w933, w931, w935);
assign c[185:184] = w935;
wire [1:0] w937; f3_mult m938 (a[187:186], b[1:0], w937);
wire [1:0] w939; f3_mult m940 (a[183:182], b[5:4], w939);
wire [1:0] w941; f3_mult m942 (a[185:184], b[3:2], w941);
wire [1:0] w943; f3_add a944 (w937, w939, w943);
wire [1:0] w945; f3_add a946 (w943, w941, w945);
assign c[187:186] = w945;
wire [1:0] w947; f3_mult m948 (a[187:186], b[3:2], w947);
wire [1:0] w949; f3_mult m950 (a[185:184], b[5:4], w949);
wire [1:0] w951; f3_mult m952 (a[189:188], b[1:0], w951);
wire [1:0] w953; f3_add a954 (w947, w949, w953);
wire [1:0] w955; f3_add a956 (w953, w951, w955);
assign c[189:188] = w955;
wire [1:0] w957; f3_mult m958 (a[189:188], b[3:2], w957);
wire [1:0] w959; f3_mult m960 (a[191:190], b[1:0], w959);
wire [1:0] w961; f3_mult m962 (a[187:186], b[5:4], w961);
wire [1:0] w963; f3_add a964 (w957, w959, w963);
wire [1:0] w965; f3_add a966 (w963, w961, w965);
assign c[191:190] = w965;
wire [1:0] w967; f3_mult m968 (a[189:188], b[5:4], w967);
wire [1:0] w969; f3_mult m970 (a[191:190], b[3:2], w969);
wire [1:0] w971; f3_mult m972 (a[193:192], b[1:0], w971);
wire [1:0] w973; f3_add a974 (w967, w969, w973);
wire [1:0] w975; f3_add a976 (w973, w971, w975);
assign c[193:192] = w975;
endmodule
module f3_mult(A, B, C); 
    input [1:0] A;
    input [1:0] B; 
    output [1:0] C;
    wire a0, a1, b0, b1;
    assign {a1, a0} = A;
    assign {b1, b0} = B;
    assign C[0] = (~a1 & a0 & ~b1 & b0) | (a1 & ~a0 & b1 & ~b0);
    assign C[1] = (~a1 & a0 & b1 & ~b0) | (a1 & ~a0 & ~b1 & b0);
endmodule



module f3_sub(A, B, C);
    input [1:0] A, B;
    output [1:0] C;
    f3_add m1(A, {B[0], B[1]}, C);
endmodule